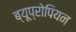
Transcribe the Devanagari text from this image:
ब्यूप्रोपियन